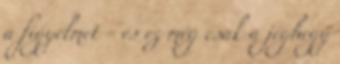
a figyelmet - és ez még csak a jéghegy